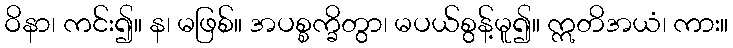
ဝိနာ၊ ကင်း၍။ န၊ မဖြစ်။ အပစ္စက္ခိတွာ၊ မပယ်စွန့်မူ၍။ ဣတိအယံ၊ ကား။